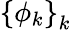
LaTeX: \left\{ \phi_{k}\right\} _{k}